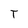
Character: T